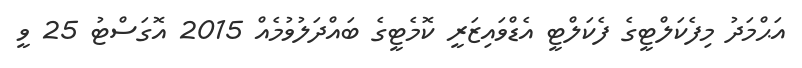
އަޙްމަދު މިފެކަލްޓީގެ ފެކަލްޓީ އެޑްވައިޒަރީ ކޮމެޓީގެ ބައްދަލުވުމެއް 2015 އޮގަސްޓު 25 ވީ